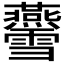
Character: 𤓨